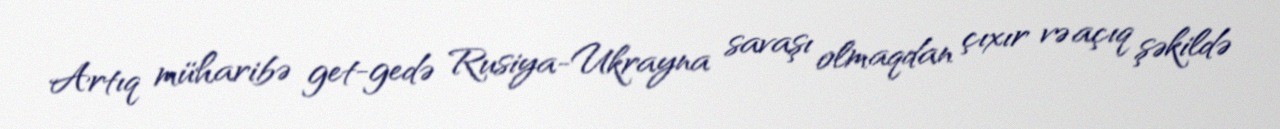
Artıq müharibə get-gedə Rusiya-Ukrayna savaşı olmaqdan çıxır və açıq şəkildə